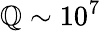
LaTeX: \mathbb{Q}\sim10^{7}